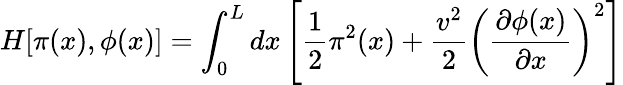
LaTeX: H[\pi(x),\phi(x)]=\int_{0}^{L}dx\left[\frac{1}{2}\pi^{2}(x)+\frac{v^{2}}{2}\left(\frac{\partial\phi(x)}{\partial x}\right)^{2}\right]